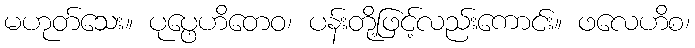
မဟုတ်သေး။ ပုပ္ဖေဟိတေဝ၊ ပန်းတို့ဖြင့်လည်းကောင်း။ ဖလေဟိစ၊